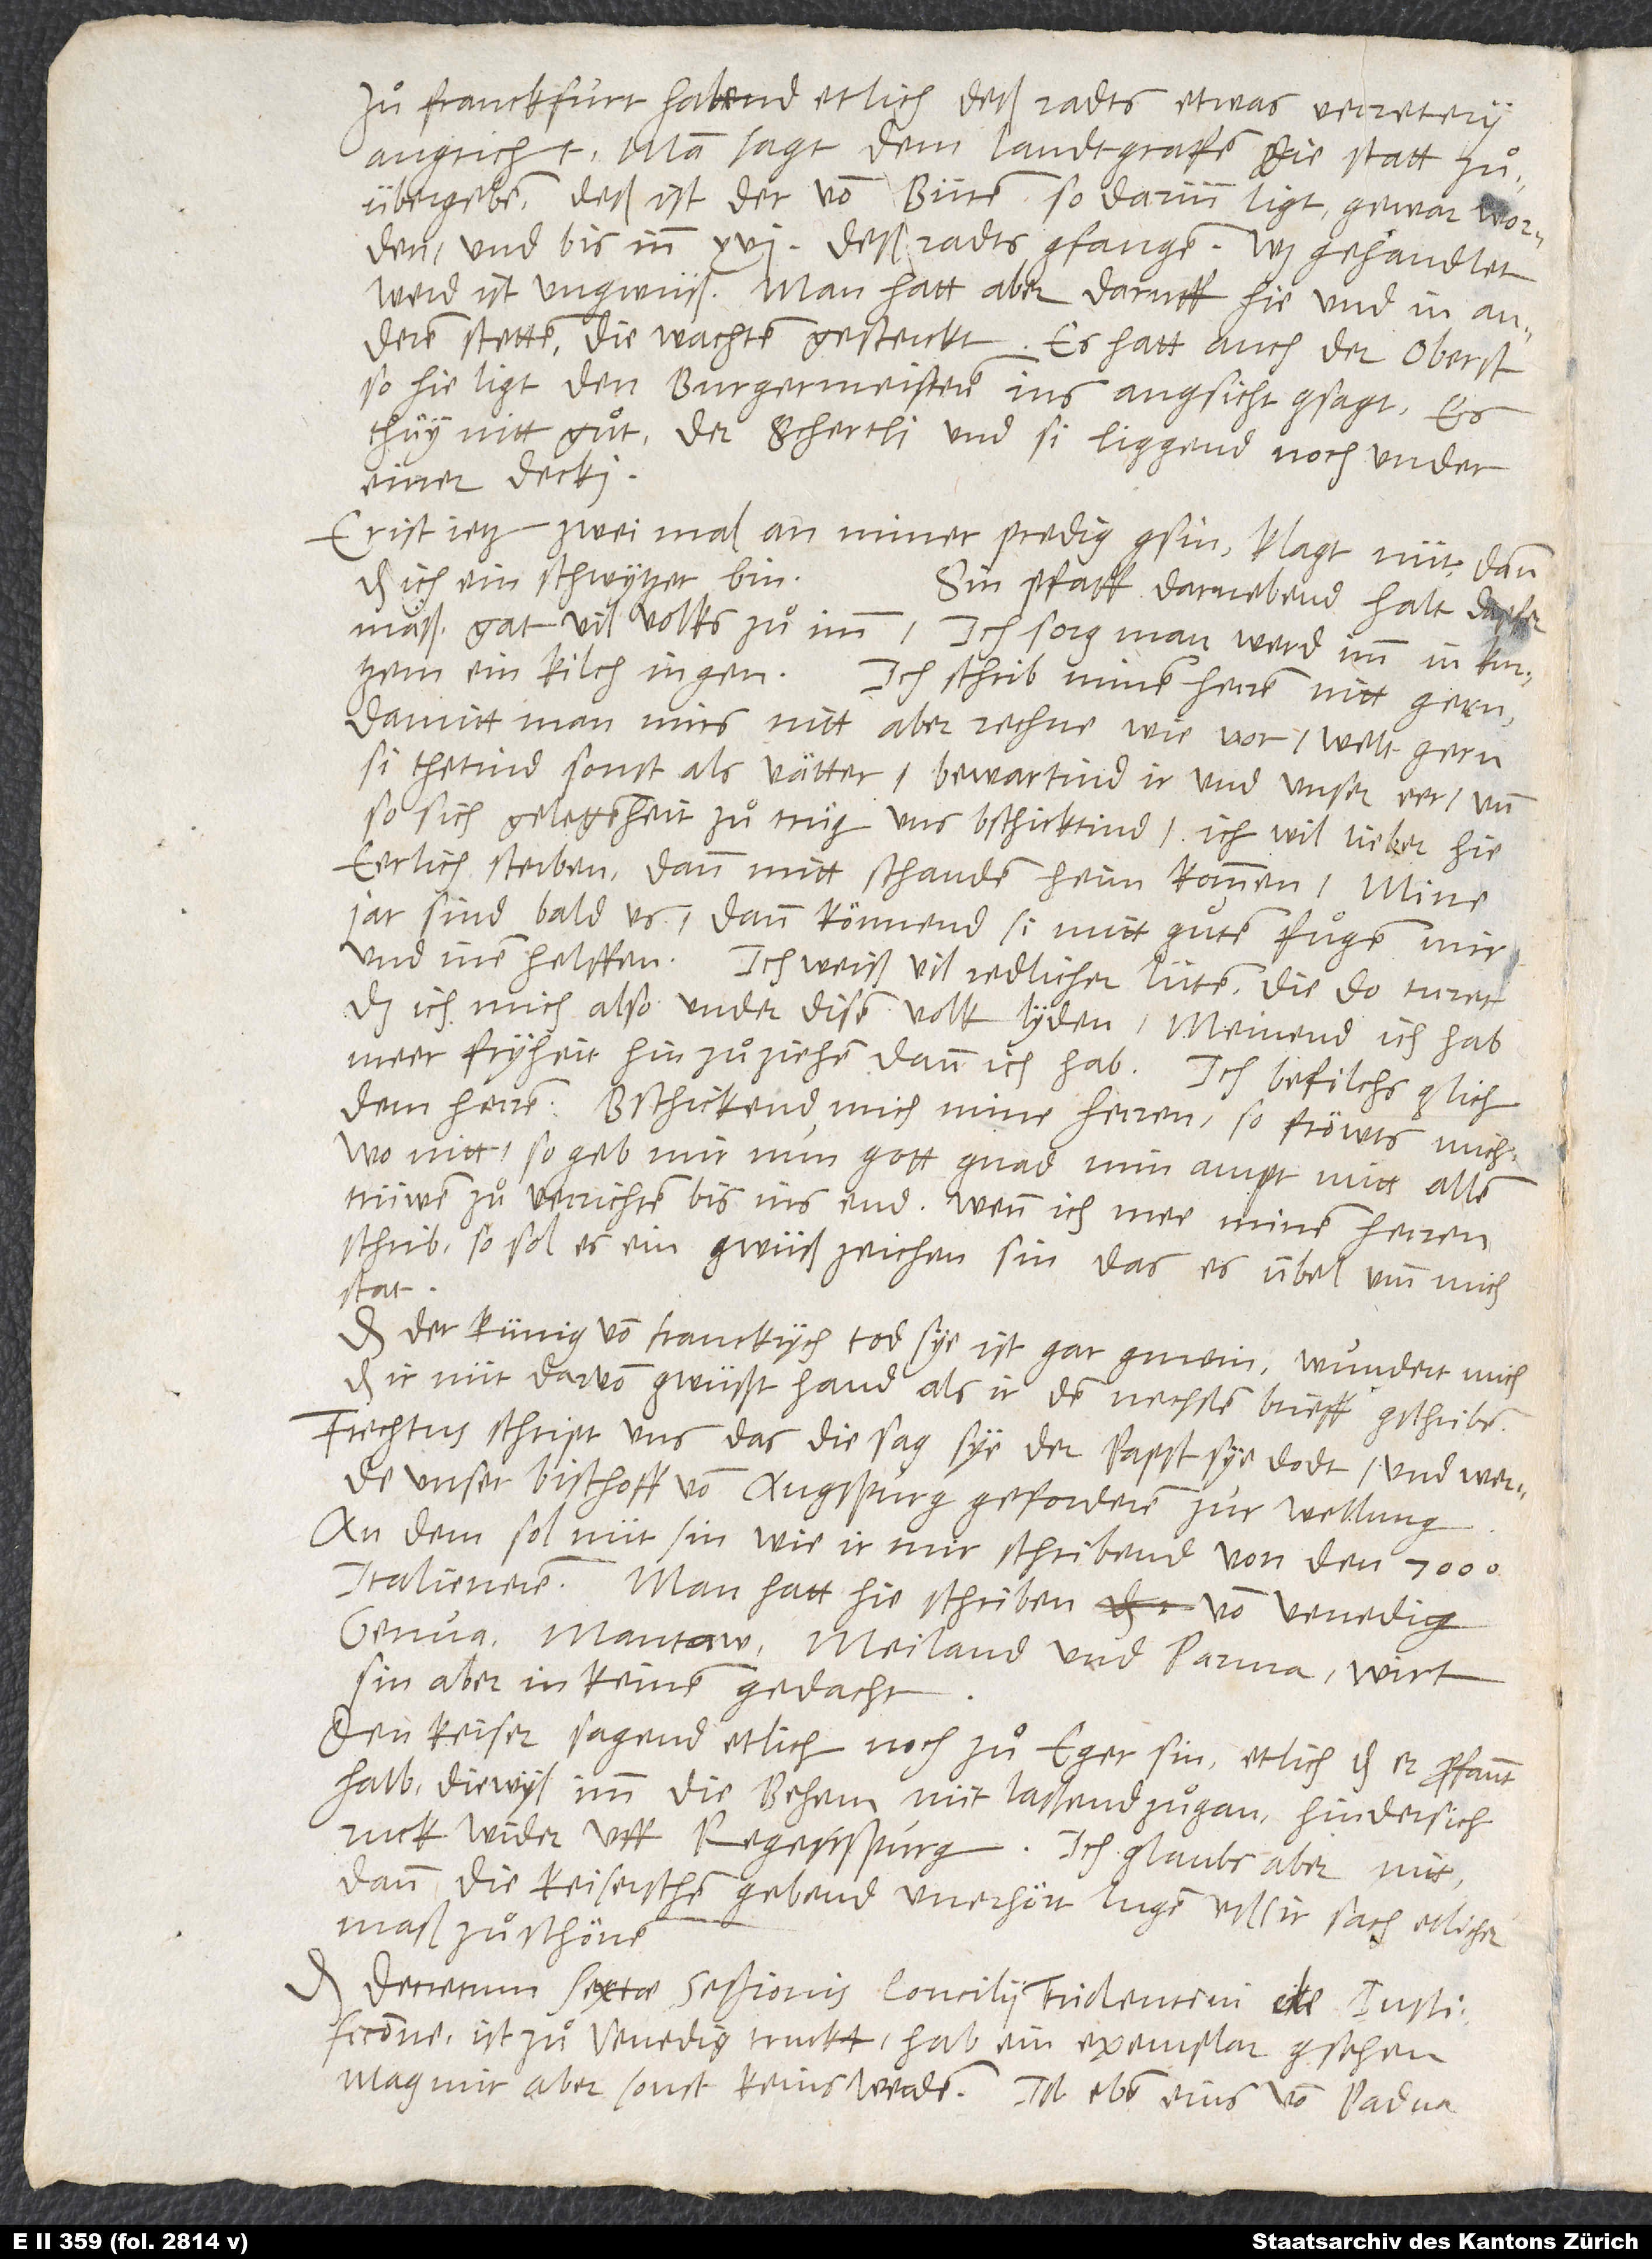
Zuͦ Franckfurt habend etlich deß radts etwas verretery
angricht, man sagt, dem landtgrafen die statt zuͦ
übergeben. Deß ist der von Büren, so darinn ligt, gewar worden
und bis inn 16 deß radts gfangen. Was gehandlet
werd, ist ungwüß. Man hatt daruff hie und in anderen
stetten die wachten gesterckt. Es hatt auch der oberst,
so hie ligt, den burgermeisteren ins angsicht gsagt, es
thuͤy nitt guͦt: der Schertli und si liggend noch under
einer decki!
Er ist jetz zweimal an miner predig gsin. Klagt nüt, dann
das ich ein Schwytzer bin.
Sin pfaff darnebend halt dapfer
mäß. Gat vil volks zuͦ imm. Ich sorg, man werd imm in kurtzem
ein kilch ingen. Ich schrib minen herren nitt gern,
damitt man mirs nitt aber rechne wie vor. Welt gern,
si thetind sonst als vätter, bewartind ir und unser eer, und
so sich gelegenheit zuͦtruͤg, uns beschicktind. Ich wil lieber hie
eerlich sterben, dann mitt schanden heimkommen. Mine
jar sind bald us. Dann könnend si mitt guͦten fuͦgen mir
und inen helffen. Ich weiß vil redlicher lüten, die do turet,
das ich mich also under disem volk lyden. Meinend, ich hab
meer fryheit hinzuͦziehen, dann ich hab. Ich befilchs glich
dem herren. Bschickend mich mine herren, so fröwts mich;
wo nitt, so geb mir nun gott gnad, min ampt mitt allen
trüwen zuͦ verrichten bis ins end. Wenn ich mee minen herren
schrib, so sol es ein gwüß zeichen sin, das es ubel umb mich
stat.
Das der künig von Franckrych tod sye, ist gar gmein. Wundert mich,
das ir nüt darvon gwüßt hand, als ir den nechsten brieff gschriben.
Frechtus schript uns, das die sag sye, der papst sye dodt und werde
unser bischoff von Augspurg geforderen zur wellung.
An dem sol nüt sin, wie ir mir schribend, von den 7’000
Italieneren. Man hatt hie schriben von Venedig,
Genua, Mantaw, Mailand und Parma: Wirt
sin aber in keinem gedacht.
Den keiser sagend etlich, noch zuͦ Eger sin, etlich, das er profannt
halb, diewyl imm die Behem nüt lassend zuͦgan, hinder sich
ruck wider uff Regenspurg. Ich glaubs aber nitt,
dann die keiserschen gebend unerhört lugen uß, ir sach ettlichermaß
zuͦ schönen.
decretum sextae sessionis concilii Tridentini „De iustificatione“
ist zuͦ Venedig truckt. Hab ein exemplar gsehen,
mag mir aber sonst keins werden. Ist eben eins von Padua